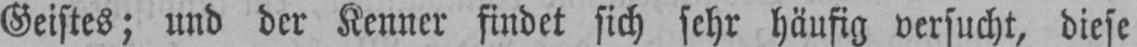
Geistes; und der Kenner findet sich sehr häufig versucht, diese